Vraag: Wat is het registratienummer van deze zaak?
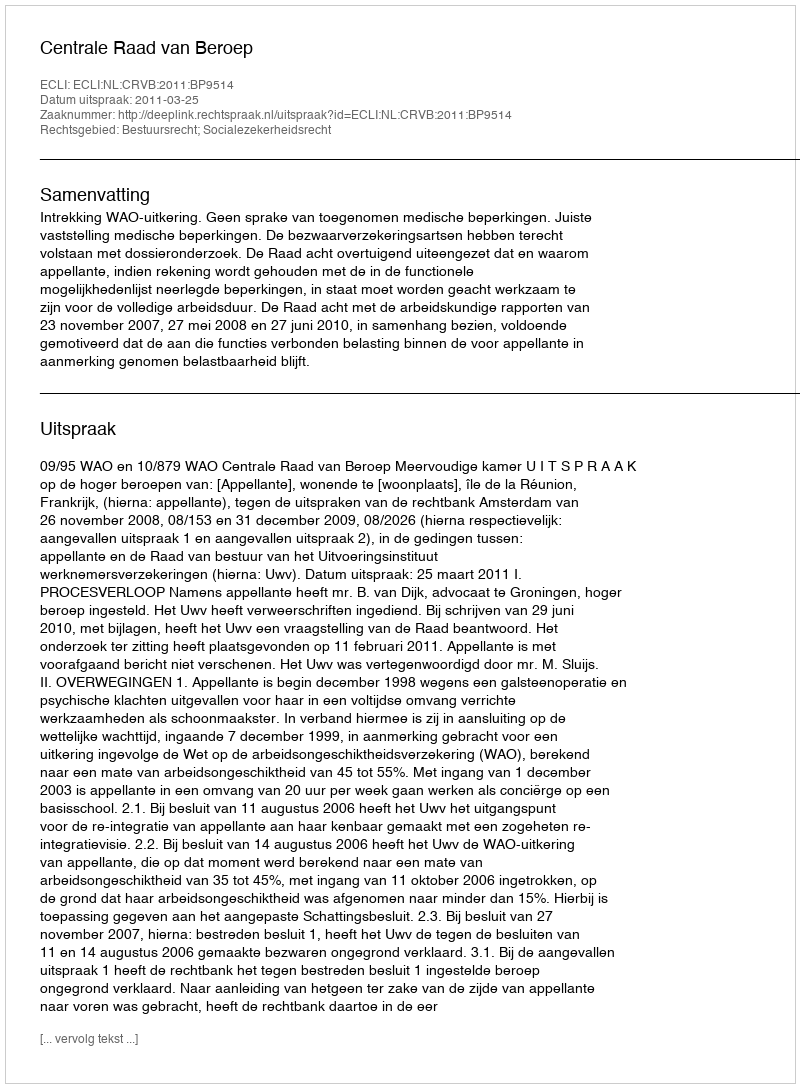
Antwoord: http://deeplink.rechtspraak.nl/uitspraak?id=ECLI:NL:CRVB:2011:BP9514